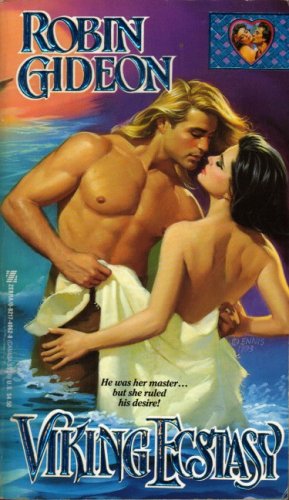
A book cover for Viking Ecstasy (Zebra books); Robin Gideon; Romance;